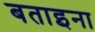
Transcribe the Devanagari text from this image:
बताइना